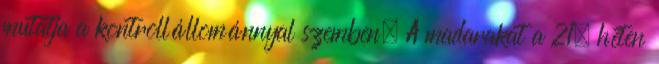
mutatja a kontrollállománnyal szemben. A madarakat a 21. héten